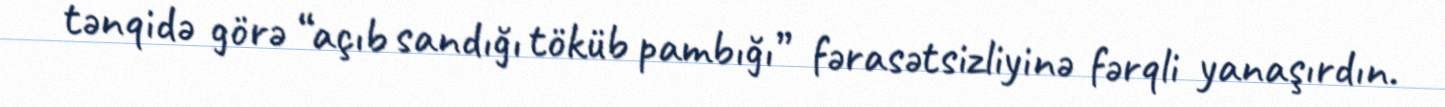
tənqidə görə “açıb sandığı töküb pambığı” fərasətsizliyinə fərqli yanaşırdın.